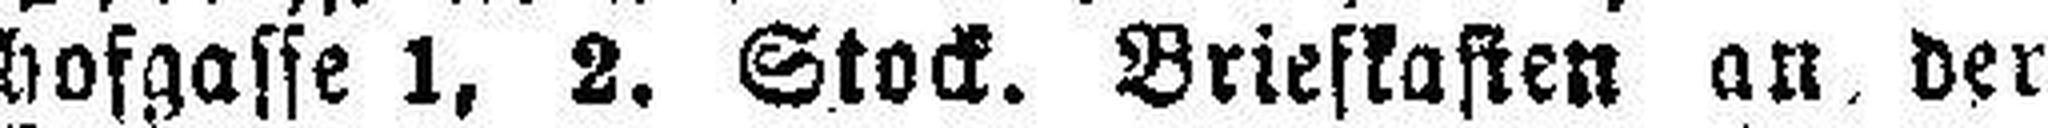
hofgasse 1, 2. Stock. Briefkasten an der